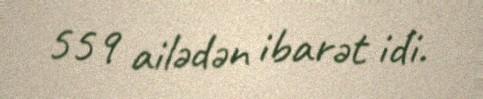
559 ailədən ibarət idi.